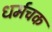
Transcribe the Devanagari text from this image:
धर्मचक